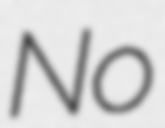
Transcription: No